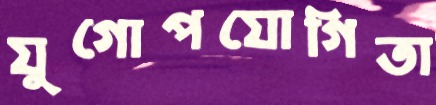
যুগোপযোগিতা